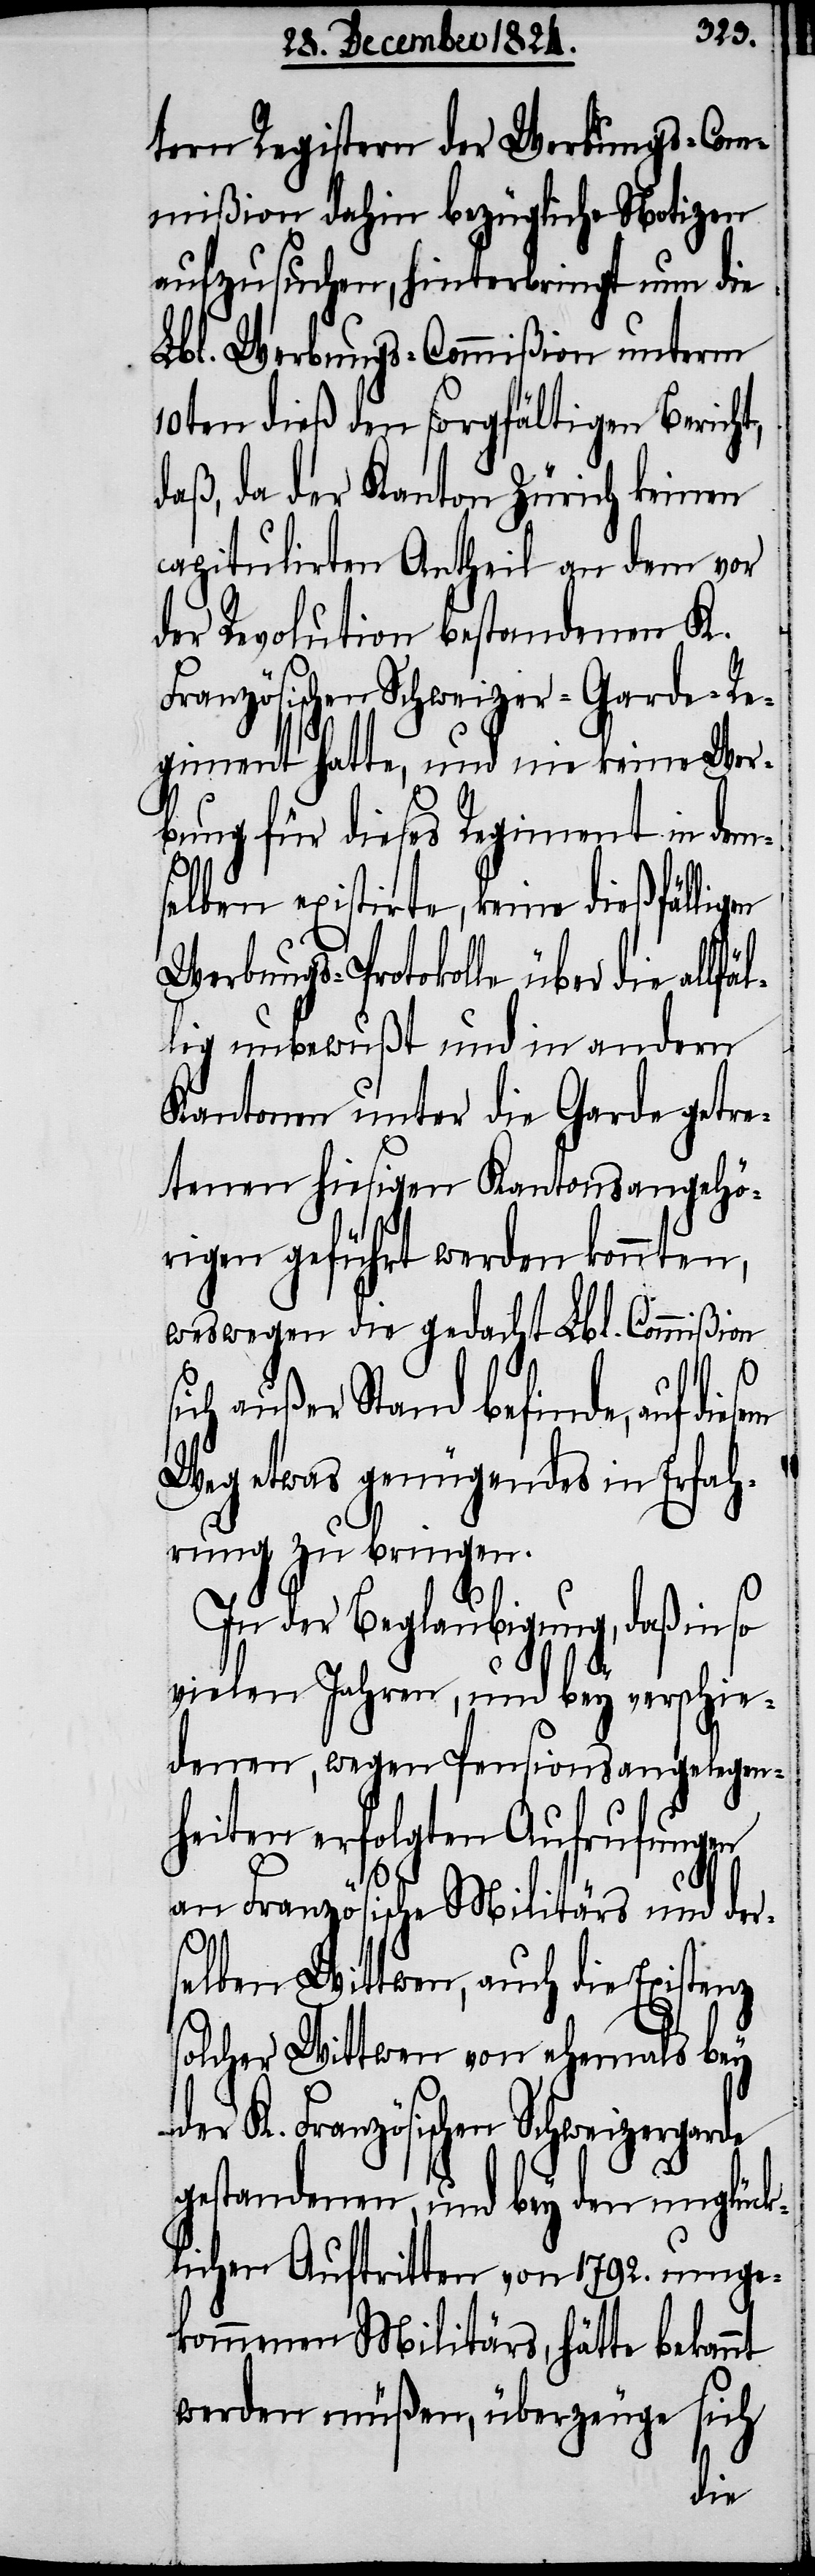
tern Registern der Werbungs-Com¬
mißion dahin bezügliche Notizen
aufzusuchen, hinterbringt nun die
Lbl. Werbungs-Commißion unterm
10ten dieß den sorgfältigen Bericht,
daß, da der Kanton Zürich keinen
capitulirten Antheil an dem vor
der Revolution bestandenen K.
Französischen Schweizergarde
giment hatte, und nie keine Wer¬
bung für dieses Regiment in dem¬
selben existirte, keine dießfällig¬
Werbungs-Protokolle über die all¬
lig unbewußt und in andern
Kantonen unter die Garde getre¬
tenen hiesigen Kantonsangehö¬
rigen geführt werden konnten,
weswegen die gedacht Lbl. Commißion
s¬
ich außer Stand befinde,
Weg etwas genügendes in Erfah¬
rung zu bringen.
In der Beglaubigung, daß in so
vielen Jahren, und bey verschie¬
denen, wegen Pensionsangelgen¬
heiten erfolgten Aufrufungen
an Französische Militärs und ders¬
auf
elben Wittwen, auch die Existenz
solcher Wittwen von ehemals bey
gestandenen und bey den unglück¬
lichen Auftritten von 1792. umge¬
kommenen Militärs, hätte bekannt
werden müßen, überzeuge sich
diesem